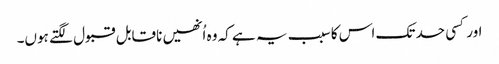
اور کسی حد تک اس کا سبب یہ ہے کہ وہ اُنھیں ناقابل قبول لگتے ہوں۔